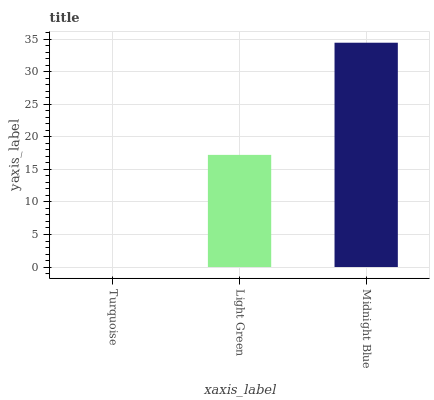
| xaxis_label | bars |
 | --- | --- |
 | Turquoise | 0 |
 | Light Green | 17.2 |
 | Midnight Blue | 34.5 |